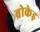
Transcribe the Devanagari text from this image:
ब्रोकेड़